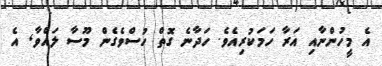
އެ މީހުންނާއި އަރާ ހަމަކުރިއެވެ. ހަދާނެ ގޮތް ހުސްވެގެން މޫސާ ލައްވާ